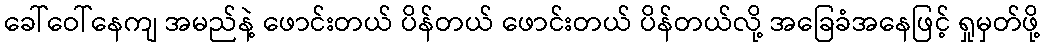
ခေါ်ဝေါ်နေကျ အမည်နဲ့ ဖောင်းတယ် ပိန်တယ် ဖောင်းတယ် ပိန်တယ်လို့ အခြေခံအနေဖြင့် ရှုမှတ်ဖို့